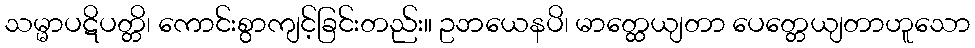
သမ္မာပဋိပတ္တိ၊ ကောင်းစွာကျင့်ခြင်းတည်း။ ဥဘယေနပိ၊ မာတ္ထေယျတာ ပေတ္တေယျတာဟူသော